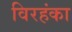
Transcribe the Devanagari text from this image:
विरहंका